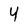
Character: 4